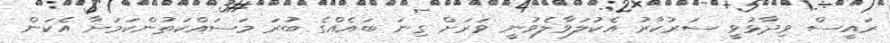
ރައީސް ވިދާޅުވީ ސަރުކާރު އެކުލަވާލެވުނީ ވަރަށް ގިނަ ބައެއްގެ ބުރަ މަސައްކަތުންކަމަށާ އެކަން